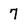
Character: 7